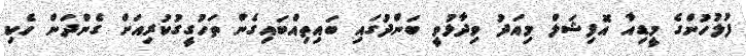
ފުލުހުންގެ މީޑިއާ އޮފިޝަލް މިއަދު ވިދާޅުވީ ބަންދުގައި ބައިތިއްބައިގެން ތަހުގީގުކުރިއަށް ގެންދަން ހެކި